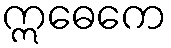
ဣဓေကေ